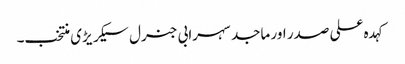
کہد ہ علی صدر اور ماجد سہرابی جنرل سیکر یڑی منتخب۔